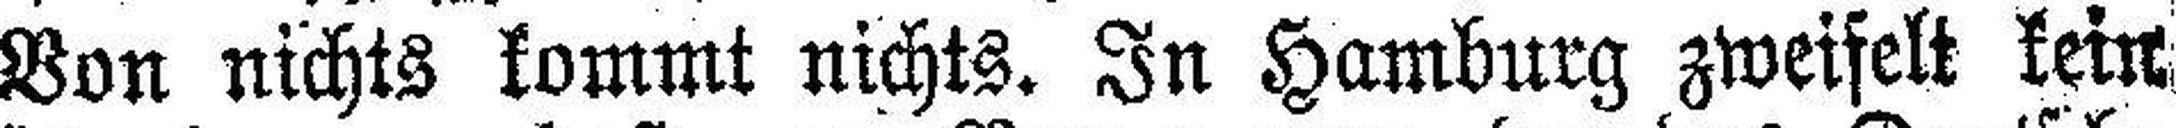
Von nichts kommt nichts. In Hamburg zweifelt kein